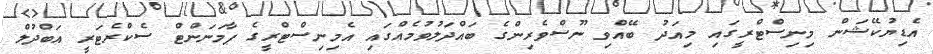
އެޑިޔުކޭޝަން މިނިސްޓްރީގައި މިއަދު ބޭއްވި ނޫސްވެރިންގެ ބައްދަލުވުމެއްގައި އެމިނިސްޓްރީގެ ޕާމަނަންޓް ސެކްރެޓަރީ އަބްދުލް